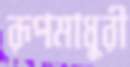
রূপমাধুরী